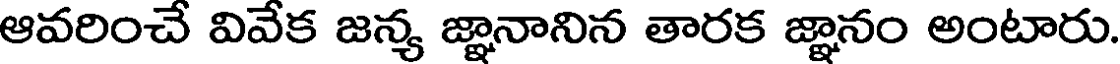
ఆవరించే వివేక జన్య జ్ఞానానిన తారక జ్ఞానం అంటారు.